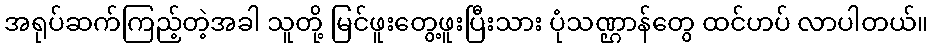
အရုပ်ဆက်ကြည့်တဲ့အခါ သူတို့ မြင်ဖူးတွေ့ဖူးပြီးသား ပုံသဏ္ဌာန်တွေ ထင်ဟပ် လာပါတယ်။